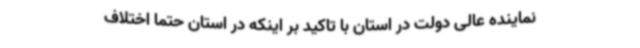
نماینده عالی دولت در استان با تاکید بر اینکه در استان حتما اختلاف